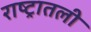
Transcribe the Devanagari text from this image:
राष्ट्रातली